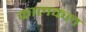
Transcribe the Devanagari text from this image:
कालकल